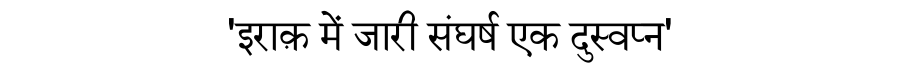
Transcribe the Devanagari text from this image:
'इराक़ में जारी संघर्ष एक दुस्वप्न'